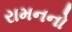
રામનનો